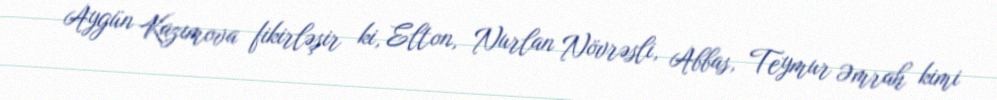
Aygün Kazımova fikirləşir ki, Elton, Nurlan Növrəsli, Abbas, Teymur Əmrah kimi